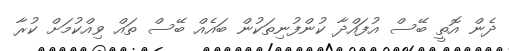
ދެން އޮތީ ބޭސް އުފައްދާ ކުންފުނިތަކުން ބައެއް ބޭސް ތައް ވިއްކުމަށް ކުރާ